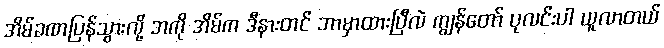
အိမ်ခဏပြန်သွားလို့ အကို အိမ်က ဒီနားတင် ဘာမှာထားပြီလဲ ကျွန်တော် ပုလင်းပါ ယူလာတယ်